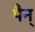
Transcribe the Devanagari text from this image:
पैन्